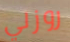
روزلي